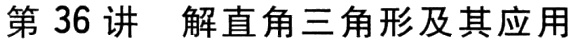
第 36 讲 解直角三角形及其应用